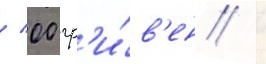
/ 00 гр'и́в'ен /